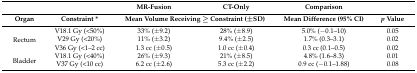
<table><thead><tr><td></td><td></td><td><b>MR-Fusion</b></td><td><b>CT-Only</b></td><td><b>Comparison</b></td><td></td></tr><tr><td><b>Organ</b></td><td><b>Constraint *</b></td><td colspan="2"><b>Mean Volume Receiving ≥ Constraint (±SD)</b></td><td><b>Mean Difference (95% CI)</b></td><td><b><i>p</i> Value </b></td></tr></thead><tbody><tr><td rowspan="3">Rectum</td><td>V18.1 Gy (&lt;50%)</td><td>33% (±9.2)</td><td>28% (±8.9)</td><td>5.0% (−0.1–10)</td><td>0.05</td></tr><tr><td>V29 Gy (&lt;20%)</td><td>11% (±3.2)</td><td>9.4% (±2.5)</td><td>1.7% (0.3–3.1)</td><td>0.02</td></tr><tr><td>V36 Gy (&lt;1–2 cc)</td><td>1.3 cc (±0.5)</td><td>1.0 cc (±0.4)</td><td>0.3 cc (0.1–0.5)</td><td>0.02</td></tr><tr><td rowspan="2">Bladder</td><td>V18.1 Gy (&lt;40%)</td><td>26% (±9.3)</td><td>21% (±8.5)</td><td>4.8% (1.6–8.3)</td><td>0.01</td></tr><tr><td>V37 Gy (&lt;10 cc)</td><td>6.2 cc (±2.6)</td><td>5.3 cc (±2.2)</td><td>0.9 cc (−0.1–1.88)</td><td>0.08</td></tr></tbody></table>